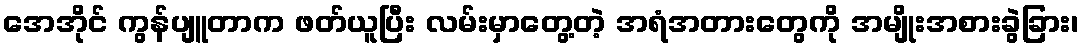
အေအိုင် ကွန်ပျူတာက ဖတ်ယူပြီး လမ်းမှာတွေ့တဲ့ အရံအတားတွေကို အမျိုးအစားခွဲခြား၊